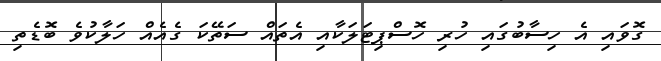
ގޮވައި އެ ހިސާބުގައި ހުރި ހޮސްޕިޓަލަކާއި އެތައް ސަތޭކަ ގެއެއް ހަލާކުވެ ބޮޑެތި